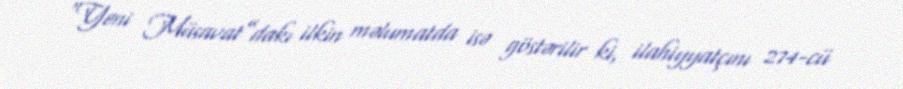
“Yeni Müsavat”dakı ilkin məlumatda isə göstərilir ki, ilahiyyatçını 274-cü